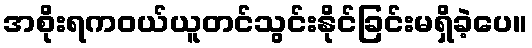
အစိုးရကဝယ်ယူတင်သွင်းနိုင်ခြင်းမရှိခဲ့ပေ။